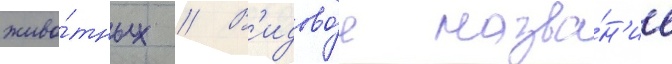
живо́тных // В'идово́е назва́н'ие